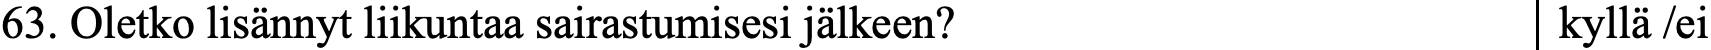
63. Oletko lisännyt liikuntaa sairastumisesi jälkeen? kyllä /ei